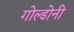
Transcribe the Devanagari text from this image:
गोल्डोनी